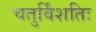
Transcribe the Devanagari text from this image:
चतुर्विंशतिः